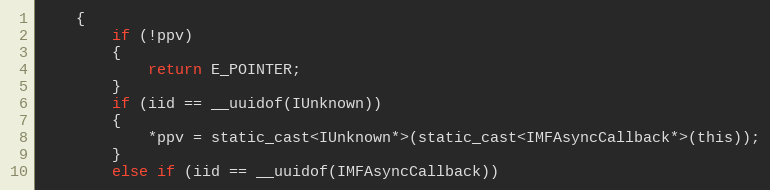
Language: C
    {
        if (!ppv)
        {
            return E_POINTER;
        }
        if (iid == __uuidof(IUnknown))
        {
            *ppv = static_cast<IUnknown*>(static_cast<IMFAsyncCallback*>(this));
        }
        else if (iid == __uuidof(IMFAsyncCallback))